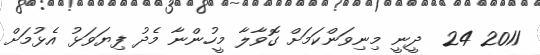
2011 24  ދީނީ މިނިވަންކަމަށް ގޮވާލާ މީހުންނާ މެދު ފިޔަވަޅު އެޅުމަށް